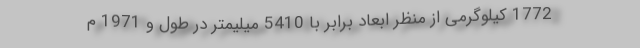
1772 کیلوگرمی از منظر ابعاد برابر با 5410 میلیمتر در طول و 1971 م